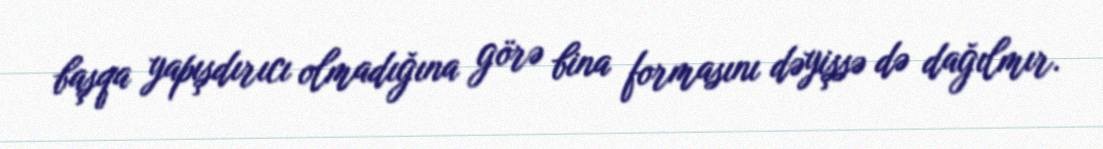
başqa yapışdırıcı olmadığına görə bina formasını dəyişsə də dağılmır.